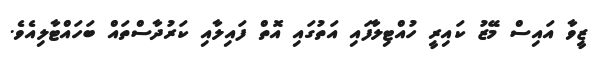
ޒީވާ އައިސް މޭޒު ކައިރީ ހުއްޓިލާފައި އަތުގައި އޮތް ފައިލާއި ކަރުދާސްތައް ބަހައްޓާލިއެވެ.